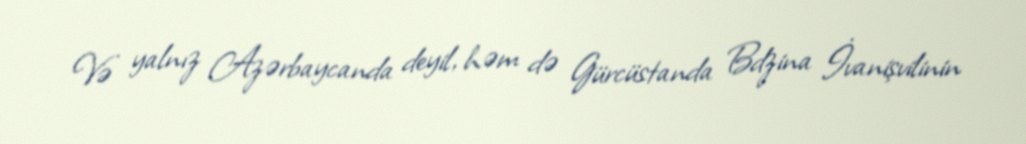
Və yalnız Azərbaycanda deyil, həm də Gürcüstanda Bdzina İvanişvilinin